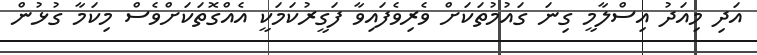
އަދި މިއަދު އިސްލާމީ ގިނަ ގައުމުތަކަށް ވެރިވެފައިވާ ފަގީރުކަމަކީ އެއްގޮތަކަށްވެސް މިކަމާ ގުޅުން